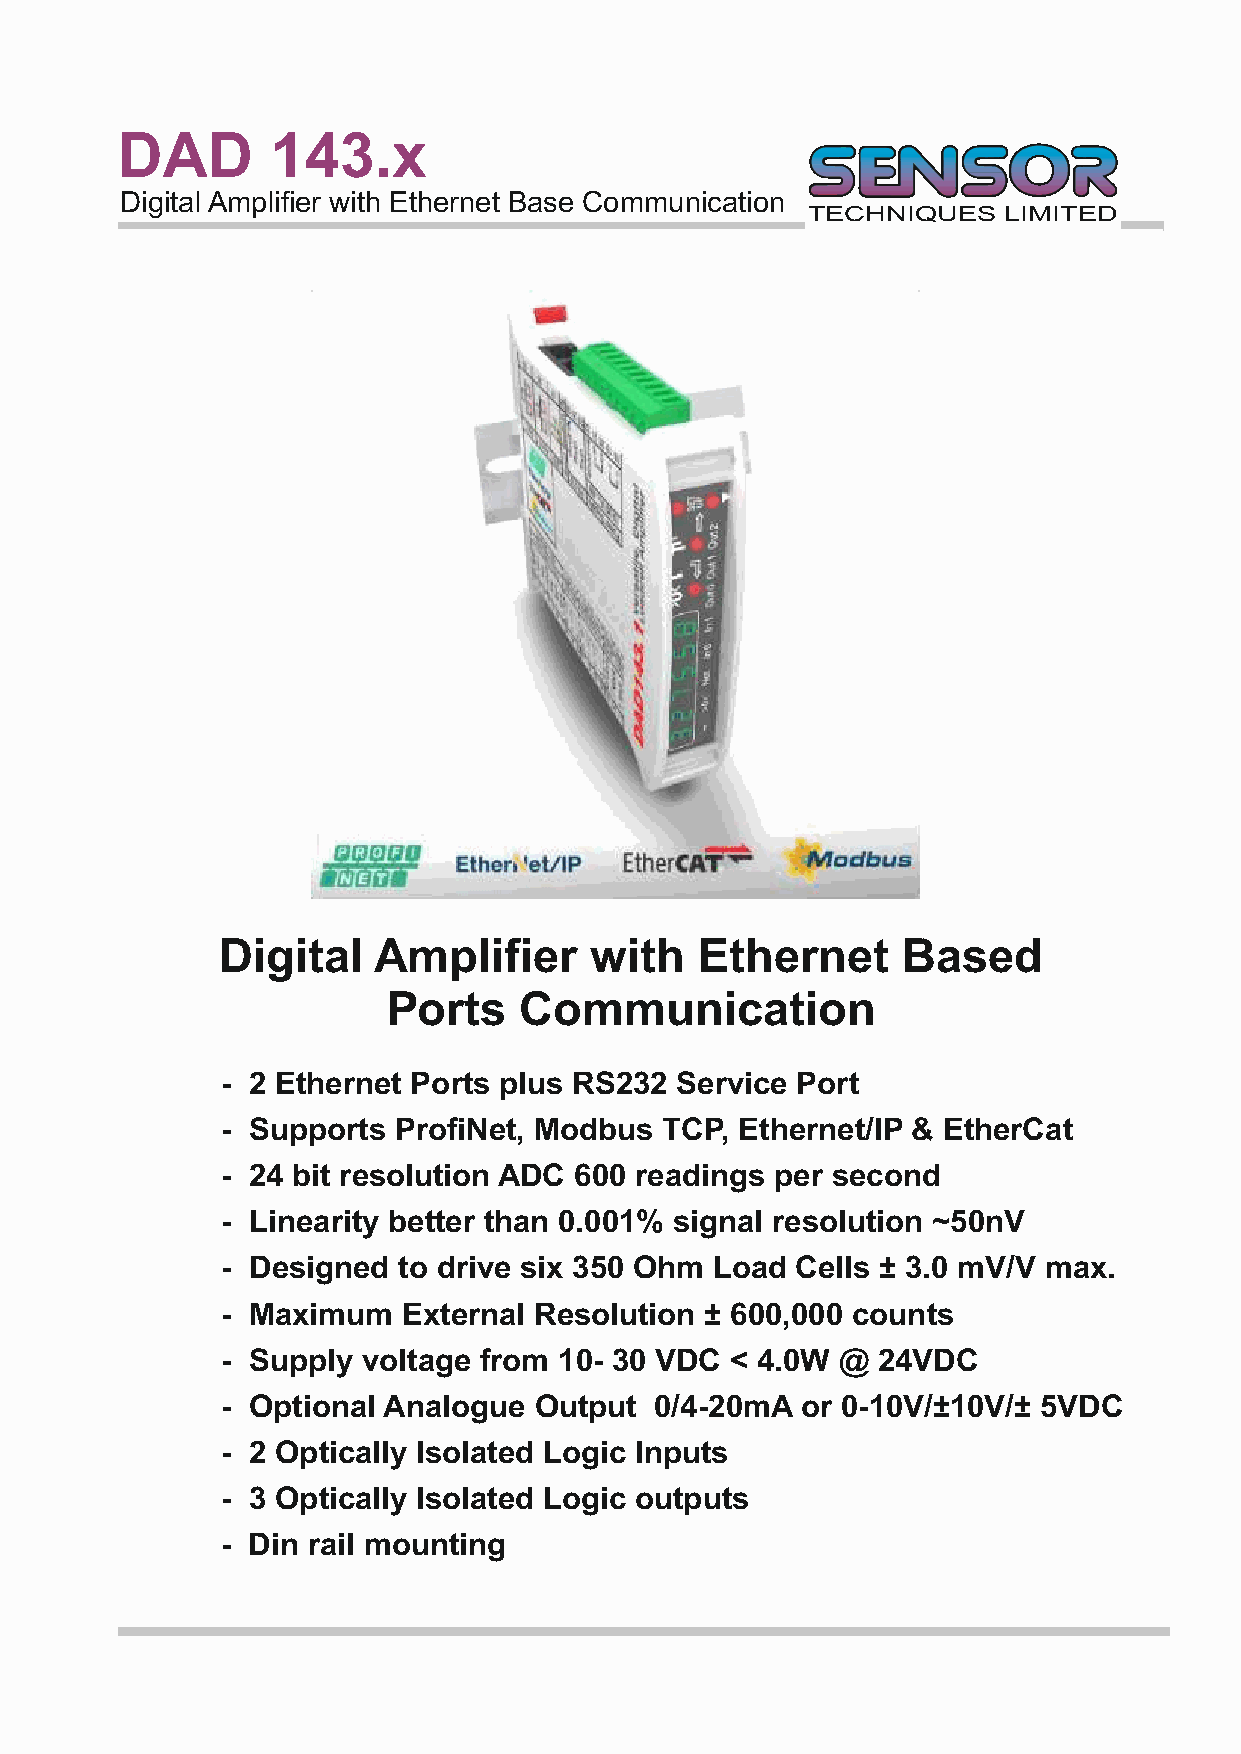
DAD       143.x
 Digital Amplifier with Ethernet Base Communication
 TECHNIQUES   LIMITED
 Digital    Amplifier     with   Ethernet      Based
 Ports   Communication
 - 2 Ethernet Ports plus RS232 Service Port
 - Supports ProfiNet, Modbus  TCP, Ethernet/IP & EtherCat
 - 24 bit resolution ADC 600 readings per second
 - Linearity better than 0.001% signal resolution ~50nV
 - Designed to drive six 350 Ohm Load  Cells ± 3.0 mV/V max.
 - Maximum   External Resolution ± 600,000 counts
 - Supply voltage from 10- 30 VDC < 4.0W  @ 24VDC
 - Optional Analogue Output  0/4-20mA  or 0-10V/±10V/± 5VDC
 - 2 Optically Isolated Logic Inputs
 - 3 Optically Isolated Logic outputs
 - Din rail mounting